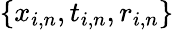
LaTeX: \{ x_{i,n},t_{i,n},r_{i,n}\}